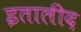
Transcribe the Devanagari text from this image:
इतालीद